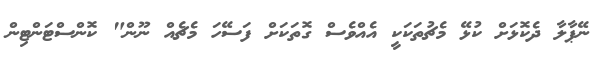
ނޭޕާލާ ދެކޮޅަށް ކުޅޭ މެޗުތަކަކީ އެއްވެސް ގޮތަކަށް ފަސޭހަ މެޗެއް ނޫން" ކޮންސްޓަންޓިން